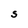
Character: S